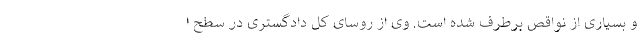
و بسیاری از نواقص برطرف شده است. وی از روسای کل دادگستری در سطح ا